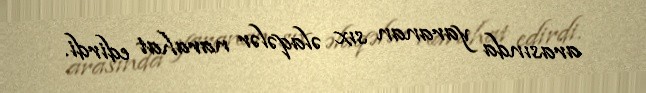
arasında yaranan sıx əlaqələr narahat edirdi.